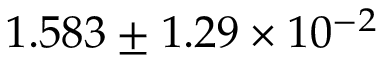
1 . 5 8 3 \pm 1 . 2 9 \times 1 0 ^ { - 2 }